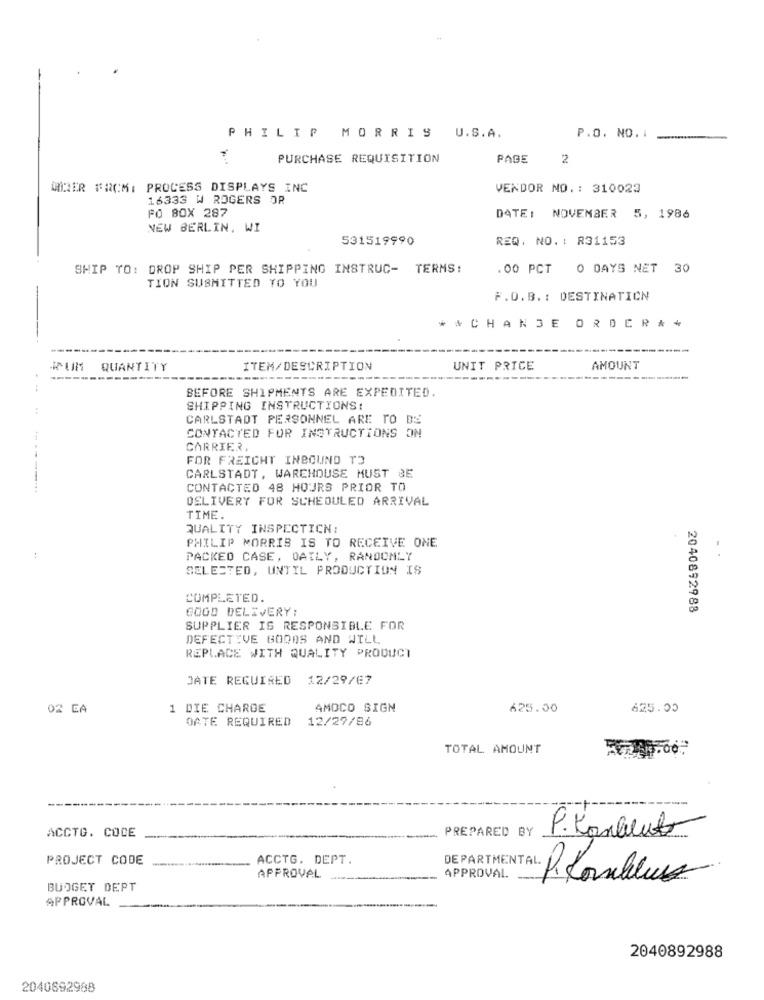
PHILIP MORRIS
U.S.A.
P.O. NO. 1
PURCHASE REQUISITION
PAGE
2
MIRER FROM: PROCESS DISPLAYS INC
VENDOR NO .: 310023
16333 W ROGERS OR
FO BOX 287
DATE: NOVEMBER 5, 1986
NEW BERLIN, WI
531519990
REQ. NO. : R31153
SHIP TO: DROP SHIP PER SHIPPING INSTRUC- TERMS:
.00 PCT 0 DAYS NET 30
TION SUBMITTED TO YOU
-
F.O.B. : DESTINATION
** CHANGE ORDER **
QUANTITY
ITEM/DESCRIPTION
UNIT PRICE
AMOUNT
BEFORE SHIPMENTS ARE EXPEDITED.
SHIPPING INSTRUCTIONS:
CARLSTADT PERSONNEL ARE TO BE
CONTACTED FOR INSTRUCTIONS ON
CARRIER.
FOR FREIGHT INBOUND TO
CARLSTADT, WAREHOUSE MUST BE
CONTACTED 48 HOURS PRIOR TO
DELIVERY FOR SCHEDULED ARRIVAL
TIME.
QUALITY INSPECTICN:
PHILIP MORRIS IS TO RECEIVE ONE
PACKED CASE, DAILY, RANDOMLY
SELECTED, UNTIL PRODUCTION IS
COMPLETED.
GOOD DELIVERY:
2040892988
SUPPLIER IS RESPONSIBLE FOR
DEFECTIVE GODOS AND WILL
REPLACE WITH QUALITY PRODUCT
JATE REQUIRED 12/29/67
02 CA
1 DIE CHAROE
AMOCO SIGN
625.00
625.00
DATE REQUIRED
12/27/86
TOTAL AMOUNT
ACCTG. CODE
PREPARED BY
P. Kanblut
PROJECT CODE
ACCTG. DEPT.
APPROVAL
APPROVAL
BUDGET DEPT
PARTMENT AL. P. Comblue
APPROVAL
2040892988
2040892988